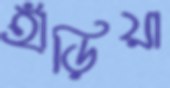
হাঁড়িয়া